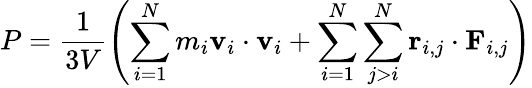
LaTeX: P=\frac{1}{3V}\left(\sum_{i=1}^{N}m_{i}\mathbf{v}_{i}\cdot\mathbf{v}_{i}+\sum_{i=1}^{N}\sum_{j>i}^{N}\mathbf{r}_{i,j}\cdot\mathbf{F}_{i,j}\right)